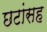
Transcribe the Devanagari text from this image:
छटांसह